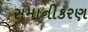
સમાનીકરણ